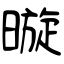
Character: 暶